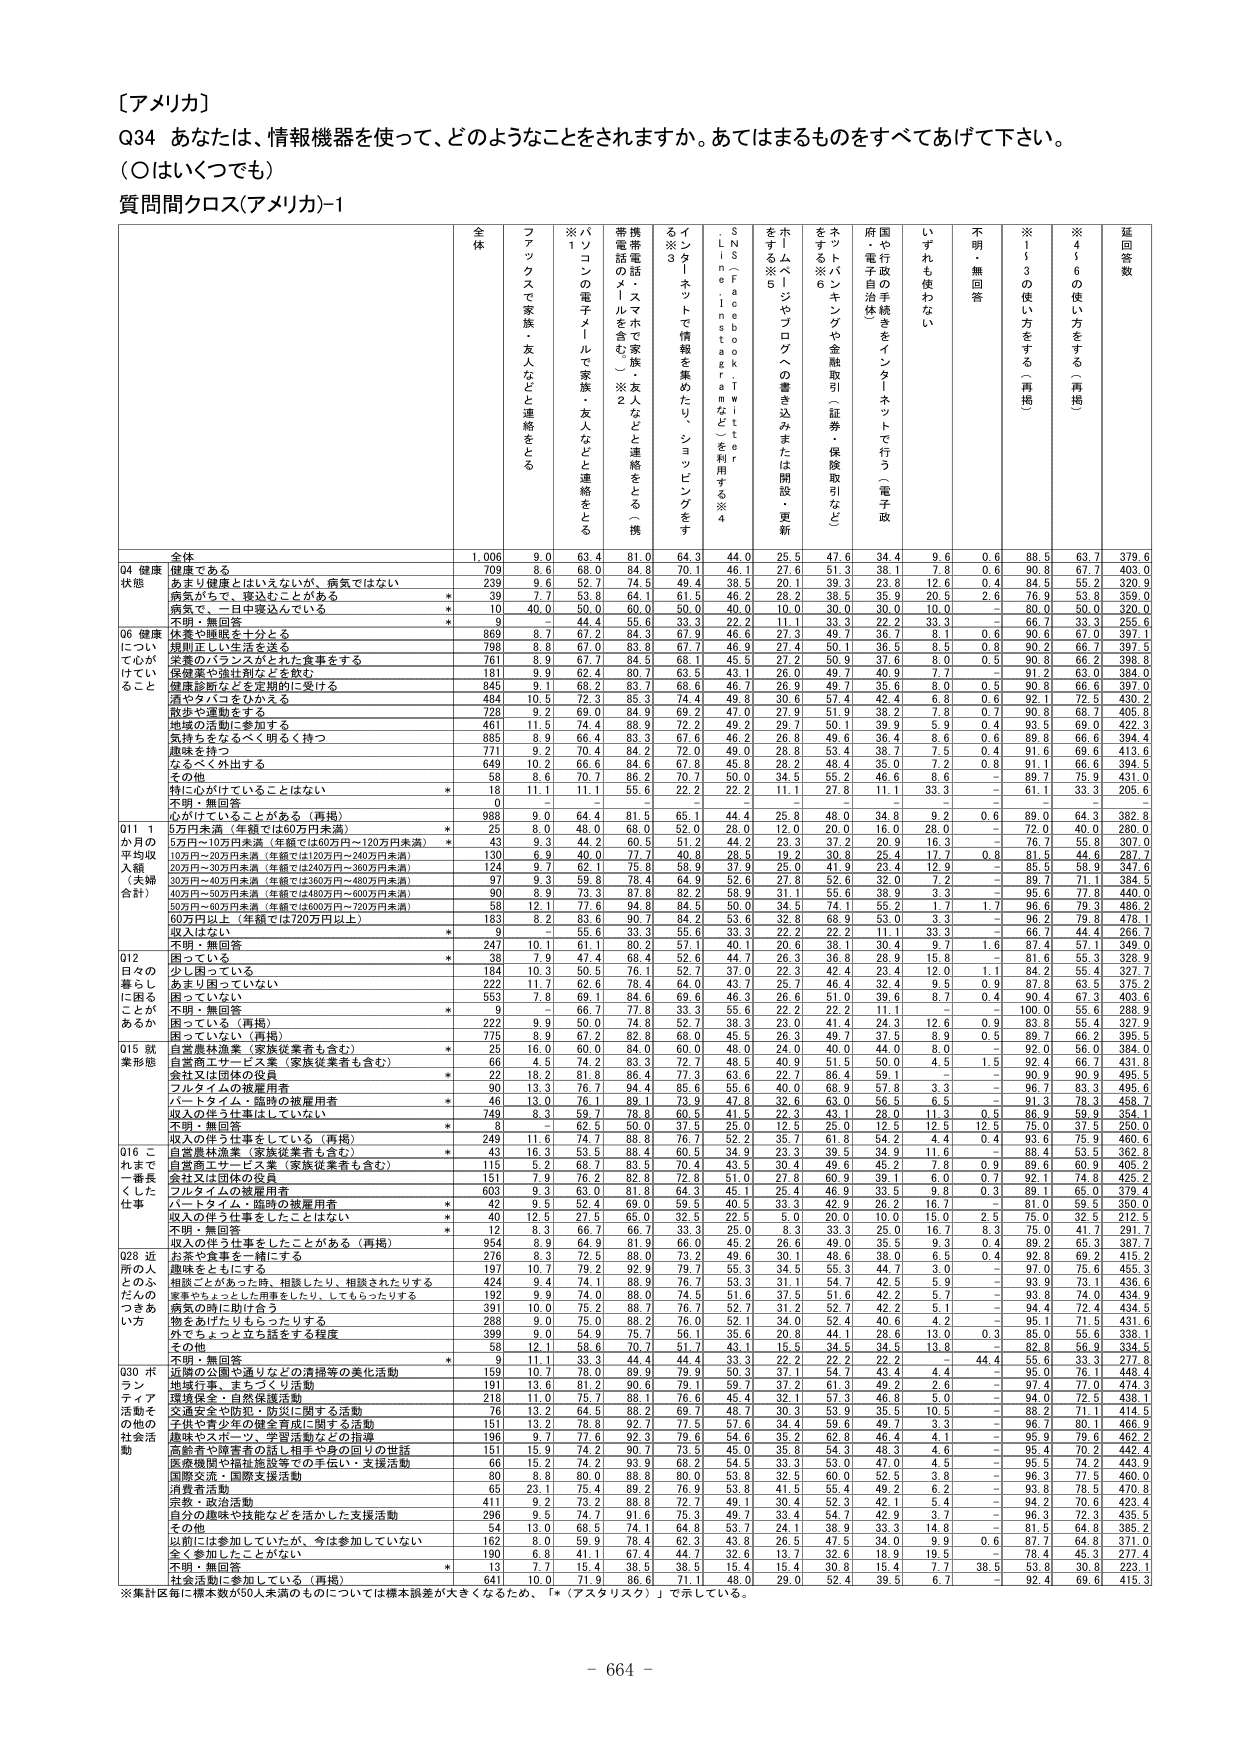
［アメリカ］
Q34 あなたは、情報機器を使って、どのようなことをされますか。あてはまるものをすべてあげて下さい。
（○はいくつでも）
質問間クロス（アメリカ）-1

全体
ファックスで家族・友人などと連絡をとる
※1 パソコンの電子メールで家族・友人などと連絡をとる
携帯電話のメールを含む（※2）
携帯電話（スマホ）で家族・友人などと連絡をとる（携）
※3 インターネットで情報を集めたり、ショッピングをする
SNS（Facebook・Twitterなど）を利用する※4
※5 ホームページへの書き込みまたは掲載・更新をする
※6 ネットバンキングや金融取引（証券・保険取引など）をする
府・県や行政の手続きをインターネットで行う（電子政府・電子自治体）
いずれも使わない
不明・無回答
※1～3の使い方をする（再掲）
※4～6の使い方をする（再掲）
延回答数

全体
1,006
9.0
63.4
81.0
64.3
44.0
25.5
47.6
34.4
9.6
0.6
88.5
63.7
379.6

Q4 健康
健康である
709
8.6
68.0
84.8
70.1
46.1
27.6
51.3
38.1
7.8
0.6
90.8
67.7
403.0

状態
あまり健康とはいえないが、病気ではない
239
9.6
52.7
74.5
49.4
38.5
20.1
39.3
23.8
12.6
0.4
84.5
55.2
320.9

病気がちで、寝込むことがある
*
39
7.7
53.8
64.1
61.5
46.2
28.2
38.5
35.9
20.5
2.6
76.9
53.8
359.0

病気で、一日中寝込んでいる
*
10
40.0
50.0
60.0
50.0
40.0
10.0
30.0
30.0
10.0
-
80.0
50.0
320.0

不明・無回答
*
9
-
44.4
55.6
33.3
22.2
11.1
33.3
22.2
33.3
-
66.7
33.3
255.6

Q6 健康
体質や睡眠を十分とる
869
8.7
67.2
84.3
67.9
46.6
27.3
49.7
36.7
8.1
0.6
90.7
67.0
397.1

について
規則正しい生活を送る
798
8.8
67.0
83.8
67.7
46.9
27.4
50.1
36.5
8.5
0.8
90.2
66.7
397.5

けっこう
栄養のバランスがとれた食事をする
761
8.9
67.7
84.5
68.1
45.5
27.2
50.9
37.6
8.0
0.5
90.8
66.2
398.8

すること
保健薬や強壮剤などを飲む
181
9.9
62.4
80.7
63.5
43.1
26.0
49.7
40.9
7.7
-
91.2
63.0
384.0

健康診断などを定期的に受ける
845
9.1
68.2
83.7
68.6
46.7
26.9
49.7
35.6
8.0
0.5
90.8
66.6
397.0

酒やタバコをひかえる
484
10.5
72.3
85.3
74.4
49.3
30.6
57.4
42.4
6.8
0.6
92.1
72.5
430.2

散歩や運動をする
728
9.2
69.0
84.9
69.2
47.0
27.9
51.9
38.2
7.8
0.7
90.8
68.7
405.8

地域の活動に参加する
461
11.5
74.4
88.9
72.2
49.2
29.7
50.1
39.9
5.9
0.4
93.5
69.0
422.3

気持ちをなるべく明るく持つ
885
8.9
66.4
83.3
67.6
46.2
26.8
49.6
36.4
8.6
0.6
89.8
66.6
394.4

趣味を持つ
771
9.2
70.4
84.2
72.0
49.0
28.8
53.4
38.7
7.5
0.4
91.6
69.6
413.6

なるべく外出する
649
10.6
66.6
84.6
67.8
45.3
30.2
55.0
48.4
7.2
0.8
91.1
66.6
394.5

その他
58
8.6
70.7
86.2
70.7
50.0
34.5
55.2
46.6
8.6
-
89.7
75.9
431.0

特に心がけていることはない
*
18
11.1
11.1
55.6
22.2
22.2
11.1
27.8
11.1
33.3
-
61.1
33.3
205.6

不明・無回答
0
-
-
-
-
-
-
-
-
-
-
-
-
-

心がけていることがある（再掲）
988
9.0
64.4
81.5
65.1
44.4
25.8
48.0
34.8
9.2
0.6
89.0
64.3
382.8

Q11 1
5万円未満（年額では60万円未満）
*
25
8.0
48.0
68.0
52.0
28.0
12.0
20.0
16.0
28.0
-
72.0
40.0
280.0

か月の
5万円～10万円未満（年額では60万円～120万円未満）
*
43
9.3
44.2
60.5
51.2
44.2
23.3
37.2
20.9
16.3
-
76.7
55.8
307.0

平均収
10万円～20万円未満（年額では120万円～240万円未満）
130
6.9
40.0
77.7
40.8
28.5
19.2
30.8
25.4
17.7
0.8
81.5
44.6
287.7

入額
20万円～30万円未満（年額では240万円～360万円未満）
124
9.7
62.1
75.8
58.9
37.9
25.0
41.9
23.4
12.9
-
85.5
58.9
347.6

（夫婦
30万円～40万円未満（年額では360万円～480万円未満）
97
9.3
59.8
78.4
64.9
52.6
27.8
52.6
32.0
7.2
-
89.7
71.1
384.5

合計）
40万円～50万円未満（年額では480万円～600万円未満）
90
8.9
73.3
87.8
82.2
58.9
31.1
55.6
38.9
3.3
-
95.6
77.8
440.0

50万円～60万円未満（年額では600万円～720万円未満）
58
12.1
77.6
94.8
84.5
50.0
34.5
74.1
55.2
1.7
1.7
96.6
79.3
486.2

60万円以上（年額では720万円以上）
183
8.2
83.6
90.7
84.2
53.6
32.8
68.9
53.0
3.3
-
96.2
79.8
478.1

収入はない
*
9
-
55.6
33.3
56.6
33.3
22.2
22.2
11.1
33.3
-
66.7
44.4
266.7

不明・無回答
247
10.1
61.1
80.2
57.1
40.1
20.6
38.1
30.4
9.7
1.6
87.4
57.1
349.0

Q12
困っている
*
38
7.9
47.4
66.4
52.6
44.7
26.3
36.8
28.9
15.8
-
81.6
55.3
328.9

日々の
少し困っている
184
10.7
50.5
76.1
52.7
37.0
22.3
42.4
23.4
12.0
1.1
84.2
55.4
327.7

暮らし
あまり困っていない
222
11.7
62.6
78.4
64.0
43.7
25.7
46.4
32.4
9.5
0.9
87.8
63.5
375.2

に困る
困っていない
553
7.8
69.1
84.6
69.6
46.3
26.6
51.0
39.6
8.7
0.4
90.4
67.3
403.6

ことか
不明・無回答
*
9
-
66.7
77.8
33.3
55.6
22.2
22.2
11.1
-
-
100.0
55.6
288.9

あるか
困っている（再掲）
222
9.9
50.0
74.8
52.7
38.3
23.0
41.4
24.3
12.6
0.9
83.8
55.4
327.9

Q15 就
困っていない（再掲）
775
9.9
67.2
82.8
68.0
45.5
26.7
49.0
37.5
8.9
0.5
89.7
66.2
387.5

業形態
自営農林漁業（家族従業者も含む）
*
25
16.0
60.0
84.0
60.0
48.0
24.0
40.0
44.0
8.0
-
92.0
56.0
384.0

自営商工サービス業（家族従業者も含む）
66
4.5
74.2
83.3
72.7
48.5
40.9
51.5
50.0
4.5
1.5
92.4
66.7
431.8

会社又は団体の役員
*
22
18.2
81.8
86.4
77.3
63.6
22.7
86.4
59.1
-
-
90.9
90.9
495.5

フルタイムの被雇用者
90
13.3
76.7
94.4
85.6
55.6
40.0
68.9
57.8
3.3
-
96.7
83.3
495.6

パートタイム・臨時の被雇用者
*
46
13.0
76.1
88.7
78.3
47.8
32.6
63.0
56.3
6.5
-
91.3
78.3
458.7

収入の伴う仕事をしていない
749
8.3
58.7
78.8
60.5
41.5
22.3
43.1
28.0
11.3
0.5
88.9
59.9
384.0

不明・無回答
*
8
-
62.5
50.0
37.5
25.0
12.5
25.0
12.5
12.5
12.5
75.0
37.5
250.0

収入の伴う仕事をしている（再掲）
249
11.6
74.7
88.8
76.7
52.2
35.7
61.8
54.2
4.4
0.4
93.6
75.9
460.6

Q16 こ
自営農林漁業（家族従業者も含む）
*
43
16.3
53.5
88.4
60.5
34.9
23.3
39.5
34.9
11.6
-
88.4
53.5
362.8

れまで
自営商工サービス業（家族従業者も含む）
15
5.2
68.7
83.5
70.4
43.3
30.4
49.6
45.2
7.8
0.9
89.6
60.8
405.2

一番長
会社又は団体の役員
151
7.9
76.2
82.8
72.8
51.0
27.3
60.9
39.1
6.0
0.7
92.1
74.8
425.2

くした
フルタイムの被雇用者
603
9.3
63.0
81.8
64.3
45.1
25.4
46.9
33.5
9.8
0.3
89.1
65.0
379.4

仕事
パートタイム・臨時の被雇用者
*
42
9.5
52.4
69.0
59.5
40.5
33.3
42.9
26.2
16.7
-
81.0
59.5
350.0

収入の伴う仕事をしたことはない
*
40
12.5
27.5
65.0
32.5
22.5
5.0
20.0
10.0
15.0
2.5
75.0
32.5
212.5

不明・無回答
*
12
8.3
66.7
66.7
33.3
25.0
8.3
33.3
25.0
16.7
8.3
75.0
41.7
291.7

収入の伴う仕事をしたことがある（再掲）
954
8.9
64.9
81.9
68.0
45.2
26.6
49.0
35.5
9.3
0.4
89.2
65.3
387.7

Q28 近
お茶や食事を一緒にする
276
8.3
72.5
88.0
73.2
49.6
30.1
48.6
38.0
6.5
0.4
92.8
69.2
415.2

所の人
趣味をともにする
197
10.7
79.2
92.9
79.7
55.3
34.5
55.3
44.7
3.0
-
97.0
75.6
455.3

とのふ
相談ことがあった時、相談したり、相談されたりする
424
9.4
74.1
88.9
76.7
53.3
31.1
54.7
42.5
5.9
-
93.9
73.1
436.6

だんの
家族やちょっとした用事をしたり、してもらったりする
192
9.9
74.0
88.0
74.5
51.6
37.5
51.6
42.2
5.7
-
93.8
74.0
434.9

つきあ
病気の時に助け合う
381
10.0
75.2
88.7
76.7
52.7
31.2
52.7
42.2
5.1
-
94.4
72.4
434.8

い方
物をあげたりもらったりする
298
9.0
75.8
88.6
76.0
52.7
32.2
53.4
40.4
4.2
-
93.7
77.0
474.3

外でちょっと立ち話をする程度
399
9.0
54.9
75.7
56.1
35.6
20.8
44.1
28.6
13.0
0.3
85.0
55.6
338.1

その他
58
12.1
58.6
70.7
51.7
43.1
15.5
34.5
34.5
13.8
-
82.8
56.9
334.5

不明・無回答
*
9
11.1
33.3
44.4
44.4
33.3
22.2
22.2
22.2
-
44.4
55.6
33.3
277.8

Q30 ボ
近隣の公園や通りなどの清掃等の美化活動
159
10.7
78.0
85.9
75.9
50.3
37.1
54.7
43.4
4.4
-
95.0
76.1
448.4

ラン
地域行事、まちづくり活動
151
13.6
81.5
90.7
79.1
58.3
35.8
61.3
49.2
2.6
-
97.4
77.0
442.4

ティア
環境保全・自然保護活動
218
11.0
75.7
88.1
76.6
45.4
32.1
57.3
46.8
5.0
-
94.0
72.5
438.1

活動そ
交通安全や防犯・防災に関する活動
76
13.2
64.5
88.2
69.7
48.7
30.3
53.9
35.5
10.5
-
88.2
71.1
414.5

の他の
子供や青少年の健全育成に関する活動
151
13.2
78.8
92.7
77.5
57.6
34.4
59.6
49.7
3.3
-
96.7
80.1
466.9

社会活
趣味やスポーツ、学習活動などの指導
196
9.7
77.6
92.3
79.6
54.6
35.2
62.8
46.4
4.1
-
95.9
79.6
462.2

動
高齢者や障害者の話し相手や身の回りの世話
151
15.9
74.7
90.7
73.5
45.0
35.8
54.3
48.3
4.6
-
95.4
70.2
442.4

医療機関や福祉施設等での手伝い・支援活動
66
15.2
74.2
93.9
68.2
54.5
33.3
53.0
47.0
4.5
-
95.5
74.2
443.9

国際交流・国際支援活動
80
8.8
80.0
88.8
80.0
53.8
32.5
60.0
52.5
3.8
-
96.3
77.5
460.0

消費者活動
65
23.1
75.4
89.2
76.9
53.8
41.5
55.4
49.2
6.2
-
93.8
78.5
470.8

宗教・政治活動
411
9.2
73.2
88.8
72.7
49.1
30.4
52.3
42.1
5.4
-
94.2
70.6
423.4

自分の趣味や技能などを活かした支援活動
296
9.5
74.7
91.7
75.8
49.7
33.4
54.7
42.9
3.7
-
96.3
72.3
435.5

その他
54
13.0
68.5
74.1
64.8
53.7
24.1
38.9
33.3
14.8
-
81.5
64.8
385.2

以前には参加していたが、今は参加していない
162
8.0
59.9
78.4
62.3
43.8
26.5
47.5
34.0
9.9
0.6
87.7
64.8
371.0

全く参加したことがない
190
6.8
41.1
67.4
44.7
32.6
13.7
32.6
18.9
19.5
-
78.4
45.3
277.4

不明・無回答
*
13
7.7
15.4
38.5
38.5
15.4
15.4
30.8
15.4
7.7
38.5
53.8
30.8
223.1

社会活動に参加している（再掲）
641
10.0
71.9
86.6
71.1
48.0
29.0
52.4
39.5
6.7
-
92.4
69.6
415.3

※集計区間に標本数が50人未満のものについては標本誤差が大きくなるため、「*（アスタリスク）」で示している。

- 664 -